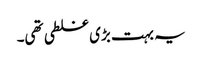
یہ بہت بڑی غلطی تھی۔